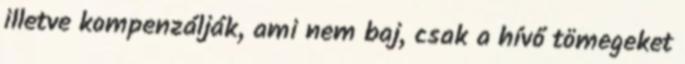
illetve kompenzálják, ami nem baj, csak a hívő tömegeket